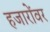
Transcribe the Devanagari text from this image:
हजारोंवर